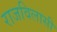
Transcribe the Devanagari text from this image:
राजविलासी